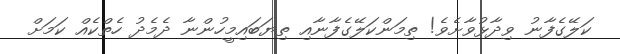
ކަލޭގެފާނު ވިދާޅުވާށެވެ! ތިމަންކަލޭގެފާނާއި ތިޔަބައިމީހުންނާ ދެމެދު ހެތްކެއް ކަމަށް